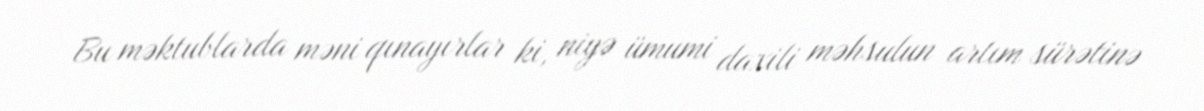
Bu məktublarda məni qınayırlar ki, niyə ümumi daxili məhsulun artım sürətinə